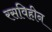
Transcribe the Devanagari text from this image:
रसविहीन